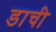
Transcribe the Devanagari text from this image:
डाची